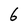
Character: 6